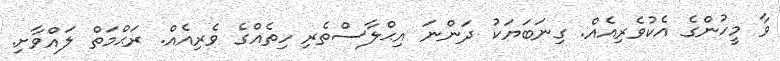
ވާ މީހުންގެ އެކުވެރިއެއް. ގިނަބަޔަކު ދަންނަ އިޙްލާސްތެރި ހިތެއްގެ ވެރިއެއް. ރަޙްމަތް ލައްވާށި.